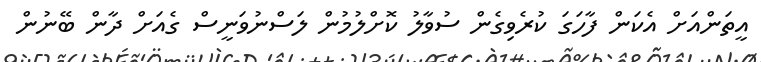
އީތަންއަށް އެކަން ފާހަގަ ކުރެވިގެން ސުވާލު ކޮށްލުމުން ލަސްނުވަނީސް ގެއަށް ދާން ބޭނުން